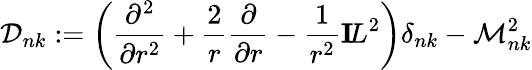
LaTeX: {\cal D}_{nk}:=\left(\frac{\partial^{2}}{\partial r^{2}}+\frac{2}{r}\frac{\partial}{\partial r}-\frac{1}{r^{2}}{\mathbf I\! L}^{2}\right)\delta_{nk}-{\cal M}_{nk}^{2}